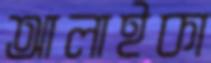
আলাইকা